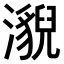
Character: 𤂚